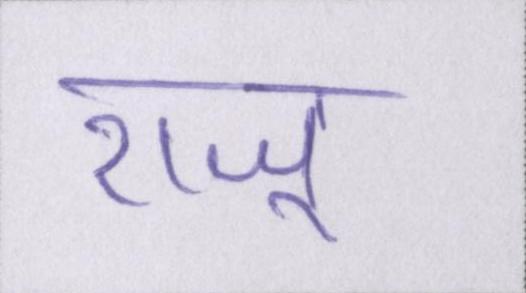
राजू